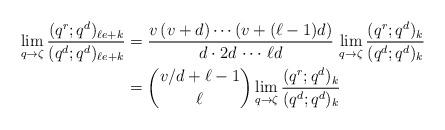
LaTeX: \begin{align*}\lim_{q\to\zeta}\frac{(q^r;q^d)_{\ell e+k}}{(q^d;q^d)_{\ell e+k}}&=\frac{v\,(v+d)\dotsb(v+(\ell-1)d)}{d\cdot2d\,\dotsb\,\ell d}\,\lim_{q\to\zeta}\frac{(q^r;q^d)_k}{(q^d;q^d)_k}\\&={v/d+\ell-1\choose\ell}\lim_{q\to\zeta}\frac{(q^r;q^d)_k}{(q^d;q^d)_k}\end{align*}